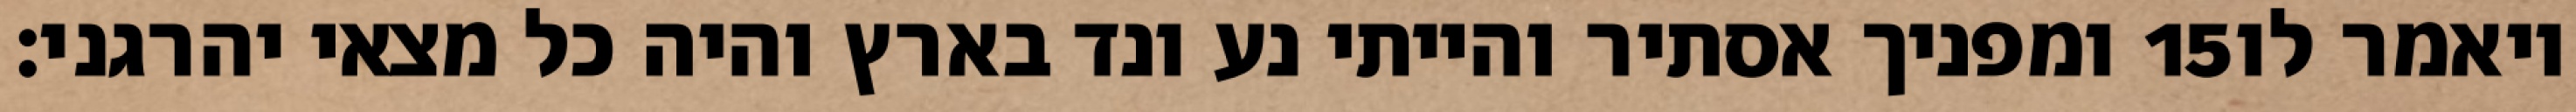
ומפניך אסתיר והייתי נע ונד בארץ והיה כל מצאי יהרגני׃ ‎15‏ ויאמר לו